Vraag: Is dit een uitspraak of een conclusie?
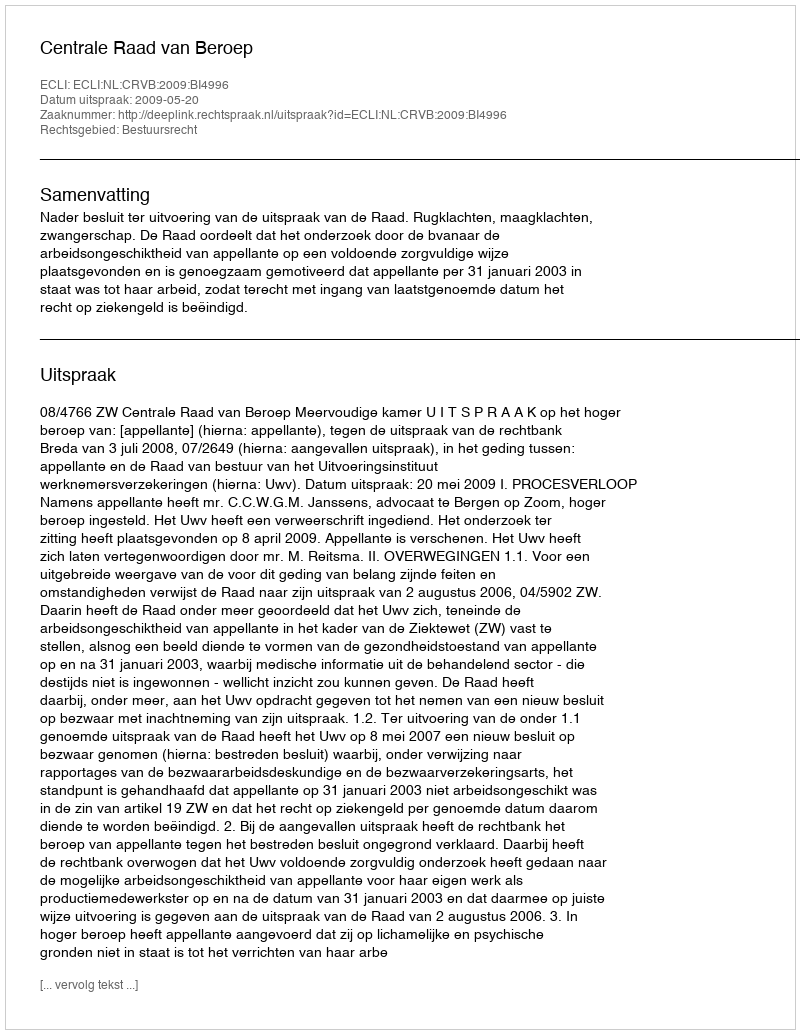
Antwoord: Uitspraak